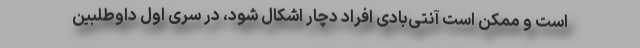
است و ممکن است آنتی‌بادی افراد دچار اشکال شود، در سری اول داوطلبین